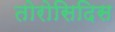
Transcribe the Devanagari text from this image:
तोरोसिदिस